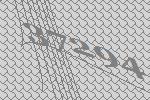
37294